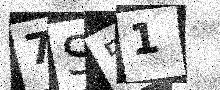
Text: 7S51